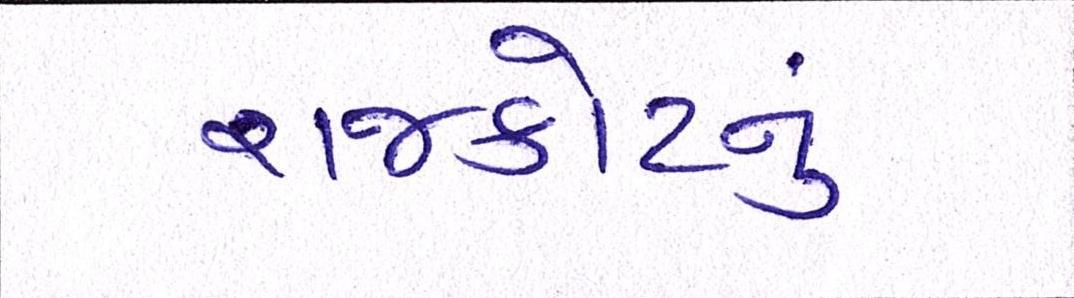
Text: રાજકોટનું